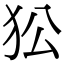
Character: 𤝅